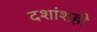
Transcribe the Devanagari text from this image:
दशांशही